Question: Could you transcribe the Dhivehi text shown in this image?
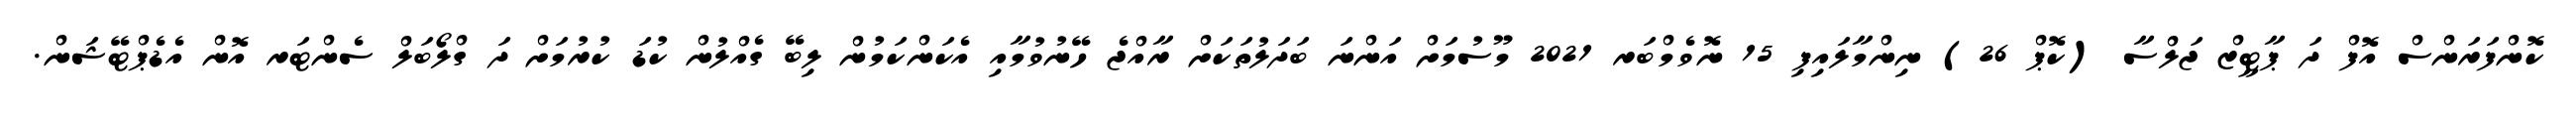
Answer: ކޮންފަރަންސް އޮފް ދަ ޕާޓީޒް ޖަލްސާ (ކޮޕް 26) ނިންމާލައިފި 15 ނޮވެމްބަރ 2021 މޫސުމަށް އަންނަ ބަދަލުތަކަށް ރާއްޖެ ހޭނުވުމާއި އެކަންކަމުން ލިބޭ ގެއްލުން ކުޑަ ކުރުމަށް ދަ ގްލޯބަލް ސެންޓަރ އޮން އެޑެޕްޓޭޝަން.